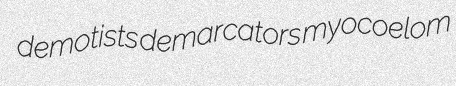
demotists demarcators myocoelom